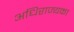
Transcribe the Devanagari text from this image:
अधिराज्यका